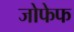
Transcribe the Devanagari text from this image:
जोफेफ